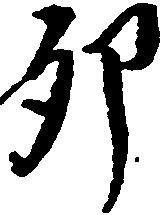
卯